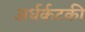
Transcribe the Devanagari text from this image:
अर्धर्कटकी